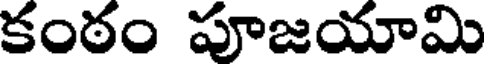
కంఠం పూజయామి